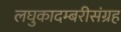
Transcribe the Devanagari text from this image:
लघुकादम्बरीसंग्रह